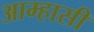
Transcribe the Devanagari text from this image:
आम्हासी